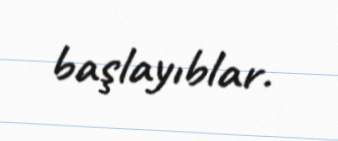
başlayıblar.